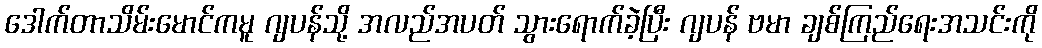
ဒေါက်တာသိမ်းမောင်ကမူ ဂျပန်သို့ အလည်အပတ် သွားရောက်ခဲ့ပြီး ဂျပန် ဗမာ ချစ်ကြည်ရေးအသင်းကို